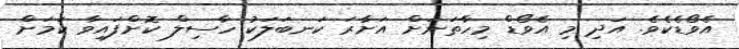
އެވޯޑެކެވެ. އަދި މި އެވޯޑް މިހާތަނަށް އަށާރަ ކަނބަލަކު ހާސިލް ކޮށްފައިވާ ކަމަށް